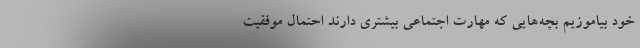
خود بیاموزیم بچه‌هایی که مهارت اجتماعی بیشتری دارند احتمال موفقیت